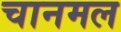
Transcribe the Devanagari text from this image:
चानमल